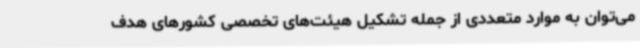
می‌توان به موارد متعددی از جمله تشکیل هیئت‌های تخصصی کشورهای هدف